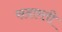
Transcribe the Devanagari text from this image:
सदारती